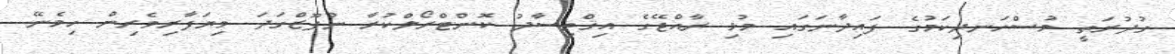
ގުދުރަތީ މުސްހަނދިކަމުގެ ފައިދާނަގައި މުޅި ރާއްޖޭގެ އިޤްތިސާދު ކޮންޓްރޯލްކުރާ ނުފޫޒްގަދަ ވިޔަފާރިވެރިން ހިމެނޭ